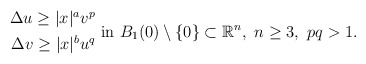
\begin{align*}\begin{aligned} \Delta u\geq |x|^a v^p \\ \Delta v\geq |x|^b u^q \end{aligned} \mbox{ in }B_1(0)\setminus\{0\}\subset\mathbb{R}^n, \ n\geq 3,\ pq>1.\end{align*}